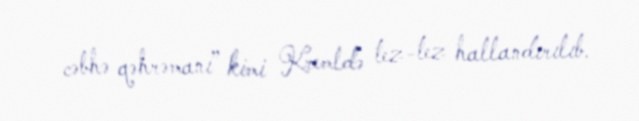
cəbhə qəhrəmanı” kimi Kremldə tez-tez hallandırılıb.